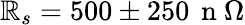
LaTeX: \mathbb{R}_{s}=500\pm250\, \mathrm{{~n~}}\Omega